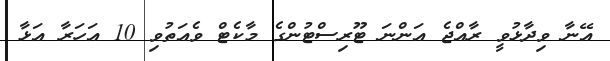
އޭނާ ވިދާޅުވީ ރާއްޖެ އަންނަ ޓޫރިސްޓުންގެ މާކެޓް ވެއަތުވި 10 އަހަރާ އަޅާ